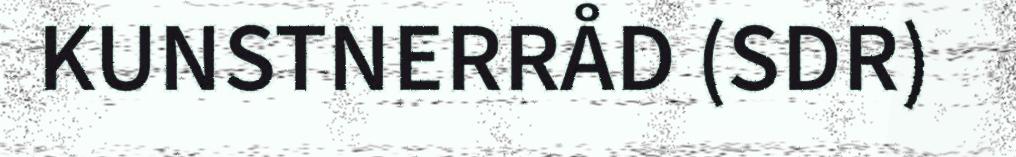
KUNSTNERRÅD (SDR)